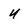
Character: u